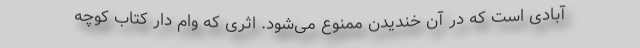
آبادی است که در آن خندیدن ممنوع می‌شود. اثری که وام دار کتاب کوچه